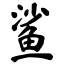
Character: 鲨